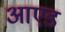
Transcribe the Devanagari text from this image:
आएड